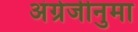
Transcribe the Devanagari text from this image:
अंग्रेजीनुमा